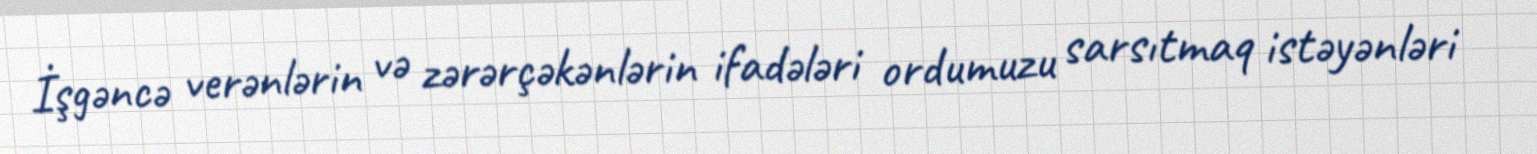
İşgəncə verənlərin və zərərçəkənlərin ifadələri ordumuzu sarsıtmaq istəyənləri